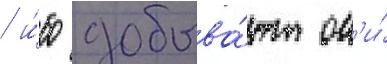
/ и́бо добыва́ют он'и́